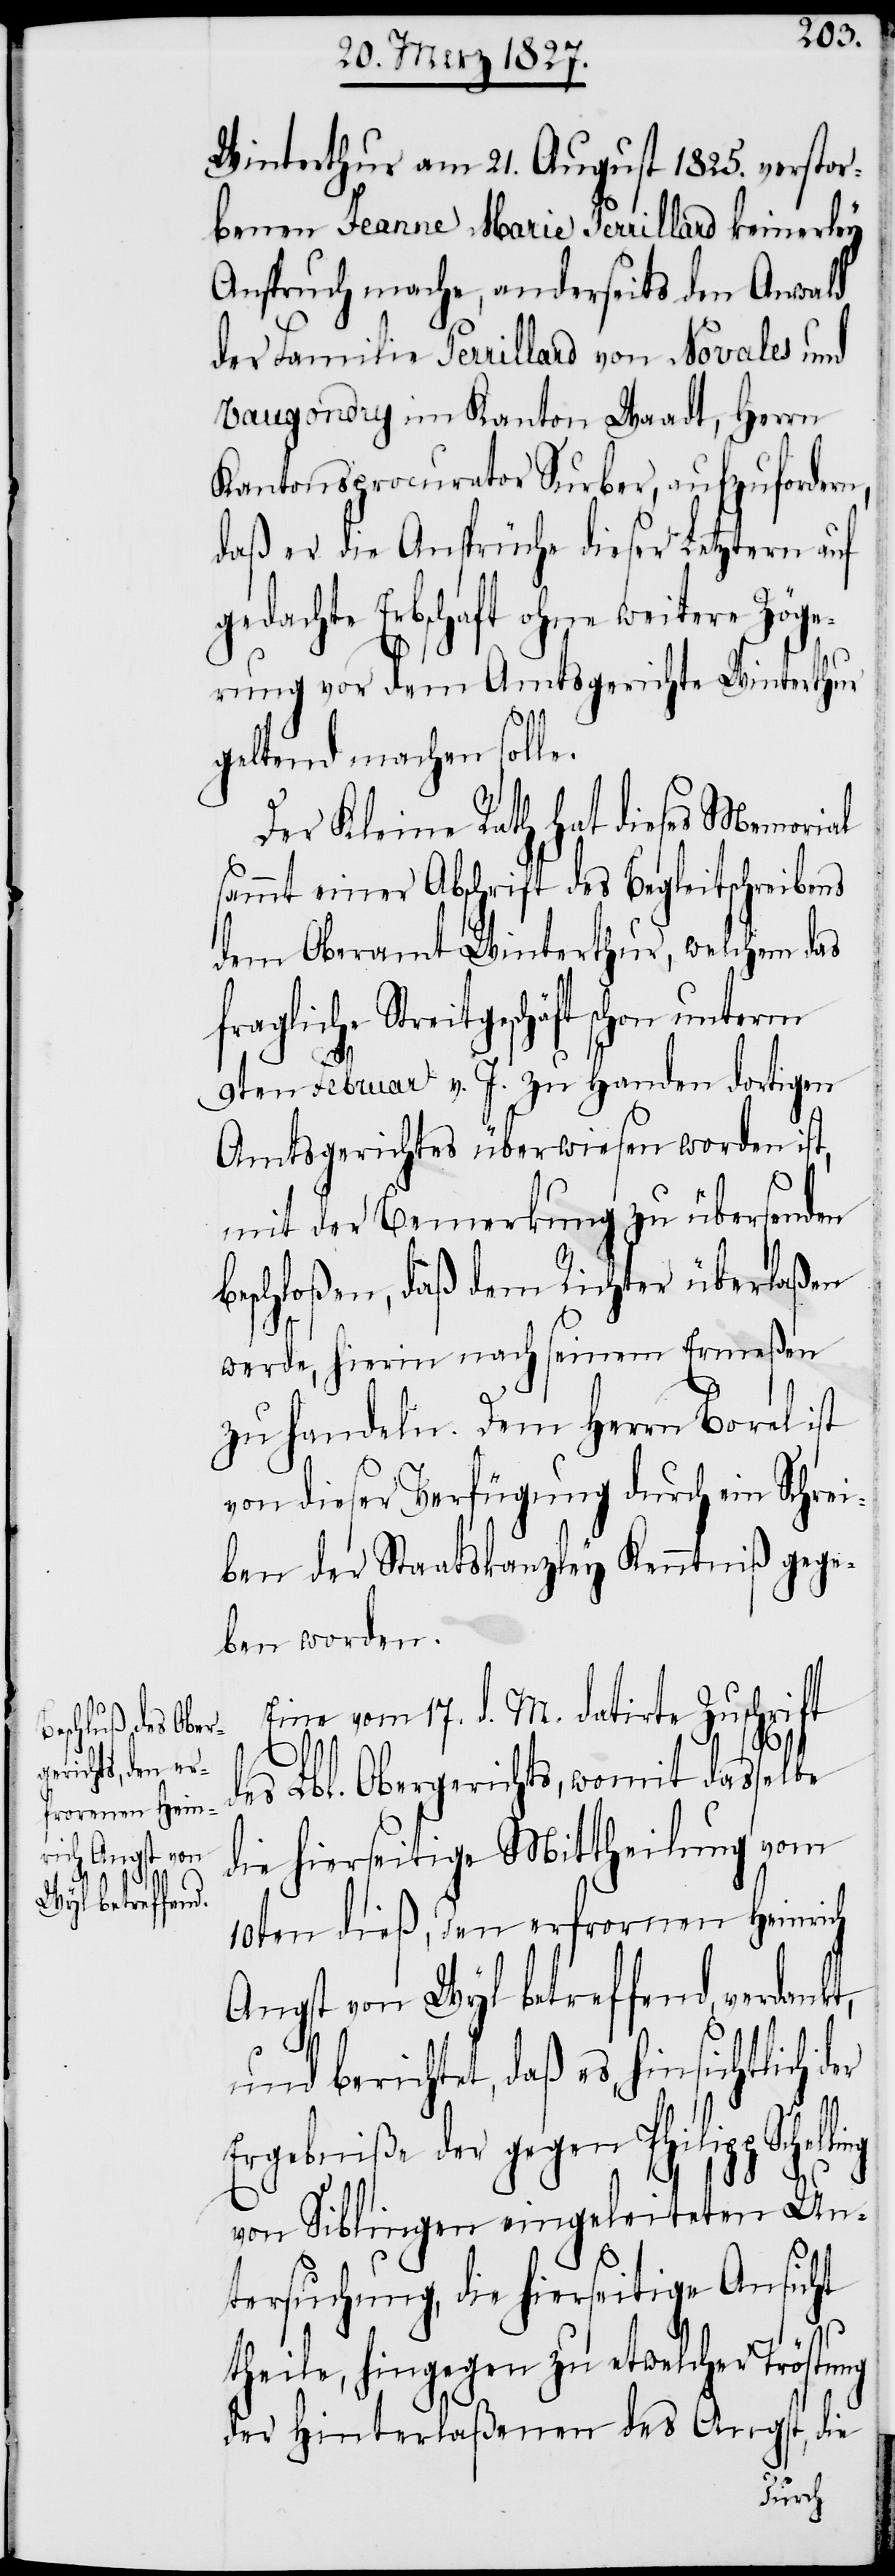
Winterthur am 21. August 1825. verstor¬
benen Jeanne Marie Perrillard keinerley
Anspruch mache, anderseits den Anwald
der Familie Perrillard von Novales und
Vaugondry im Kanton Waadt, Herrn
Kantonsprocurator Surber, aufzufordern,
daß er die Ansprüche dieser Letztern auf
gedachte Erbschaft ohne weitere Zöge¬
rung vor dem Amtsgerichte Winterthur
geltend machen solle.
Der Kleine Rath hat dieses Memorial
sammt einer Abschrift des Begleitschreibens
dem Oberamt Winterthur, welchem das
Streitgeschäft schon unterm
9ten Februar v. J. zu Handen dortigen
Amtsgerichtes überwiesen worden ist,
mit der Bemerkung zu übersenden
beschloßen, daß dem Richter überlaßen
werde, hierin nach seinem Ermeßen
zu handeln. Dem Herrn Borel ist
von dieser Verfügung durch ein Schrei¬
ben der Staatskanzley Kenntniß gege¬
ben worden.
Eine vom 17. d. M. datirte Zuschrift
des Lbl. Obergerichts, womit dasselbe
die hierseitige Mittheilung vom
10ten dieß, den erfrornen Heinrich
Angst von Wyl betreffend, verdank¬
t,
und berichtet, daß es hinsichtlich der
Ergebniße der gegen Philipp
von Siblingen eingeleiteten Un¬
tersuchung, die hierseitige Ansicht
theile, hingegen zu etwelcher Tröstung
der Hinterlaßenen des Angst, die